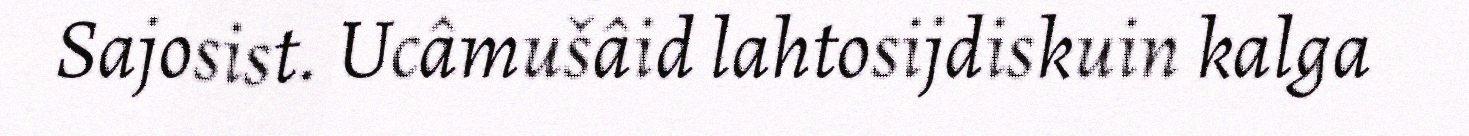
Sajosist. Ucâmušâid lahtosijdiskuin kalga